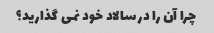
چرا آن را در سالاد خود نمی گذارید؟